Document type: Grant of rights
Year: 1280
Scribe: Pere Marc
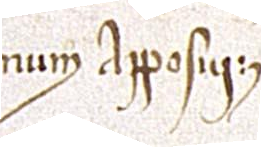
num apposui.